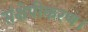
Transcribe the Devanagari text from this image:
संक्षेपीकरण।